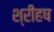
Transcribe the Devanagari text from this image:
श्रीहष